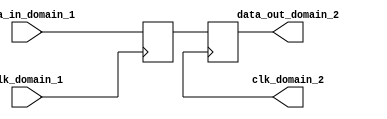
module multi_channel_synchronizer (
    input wire clk_domain_1,
    input wire [7:0] data_in_domain_1,
    output wire clk_domain_2,
    output wire [7:0] data_out_domain_2
);

// Define timing control block for domain 1 to domain 2
reg [7:0] synced_data;
always @ (posedge clk_domain_1) begin
    synced_data <= data_in_domain_1;
end

// Define synchronization block for aligning timings of different clock domains
always @ (posedge clk_domain_2) begin
    data_out_domain_2 <= synced_data;
end

endmodule